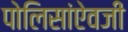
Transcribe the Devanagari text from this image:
पोलिसांऐवजी